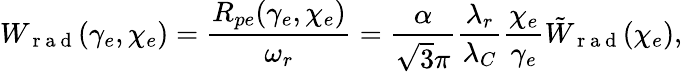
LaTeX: W_{\mathrm{~r~a~d~}}(\gamma_{e},\chi_{e})=\frac{R_{pe}(\gamma_{e},\chi_{e})}{\omega_{r}}=\frac{\alpha}{\sqrt{3}\pi}\frac{\lambda_{r}}{\lambda_{C}}\frac{\chi_{e}}{\gamma_{e}}\tilde{W}_{\mathrm{~r~a~d~}}(\chi_{e}),